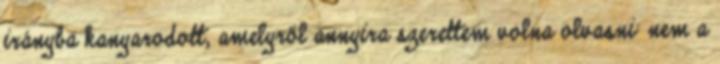
irányba kanyarodott, amelyről annyira szerettem volna olvasni: nem a